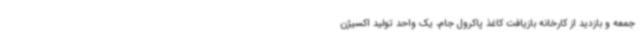
جمعه و بازدید از کارخانه بازیافت کاغذ پاکرول جام، یک واحد تولید اکسیژن